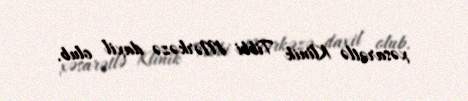
xəsarətlə Klinik Tibbi Mərkəzə daxil olub.